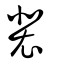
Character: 裴